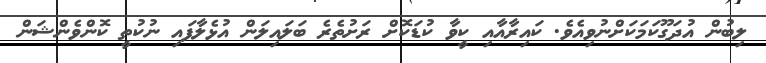
ލިބުން އުދަގޫކަމަކަށްނުވިއެވެ. ކައިރާއާއި ކީވާ ކުޑަކޮށް ރަށުތެރެ ބަލައިލަން އުޅެލާފައި ނުކުތީ ކޮންވެންޝަން